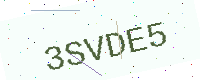
Text: 3SVDE5